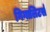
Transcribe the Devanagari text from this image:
गिगालिटर्स